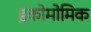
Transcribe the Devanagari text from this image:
इकोमोमिक